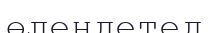
өлеңдетед